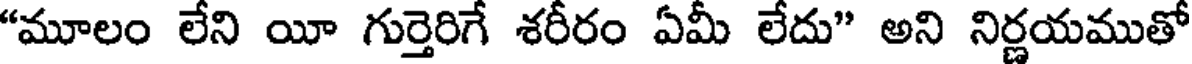
"మూలం లేని యీ గుర్తెరిగే శరీరం ఏమీ లేదు" అని నిర్ణయముతో